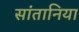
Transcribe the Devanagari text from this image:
सांतानिया